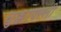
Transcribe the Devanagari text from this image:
चुक्कापल्ली